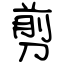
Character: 剪